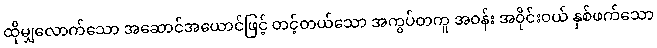
ထိုမျှလောက်သော အဆောင်အယောင်ဖြင့် တင့်တယ်သော အကွပ်တကူ အဝန်း အဝိုင်းဝယ် နှစ်ဖက်သော